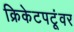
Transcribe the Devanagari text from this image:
क्रिकेटपटूंवर